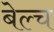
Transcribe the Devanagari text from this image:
बेल्च